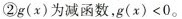
②g(x)为减函数，g(x)<0。